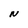
Character: N